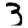
Digit: 3